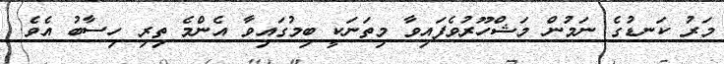
މަރު ކަނޑުގެ ނަމުން މަޝްހޫރުވެފައިވާ މިތަނަކީ ބިމުގައިވާ އެންމެ ތިރި ހިސާބު އެވެ.